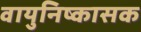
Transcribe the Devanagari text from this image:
वायुनिष्कासक